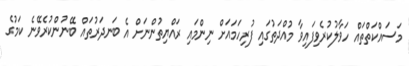
މަސައްކަތްތައް ހަވާލުކުރެވިފައިވާ މުއްދަތުގައި ފުރިހަމައަށް ނިންމައި ރައްޔިތުންނަށް އެ ބަނދަރުތައް ބޭނުންކުރެވޭނެ ކަމުގެ